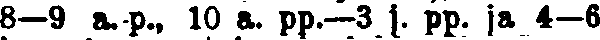
8—9 a. p., 10 a. pp.—3 j. pp. ja 4—6